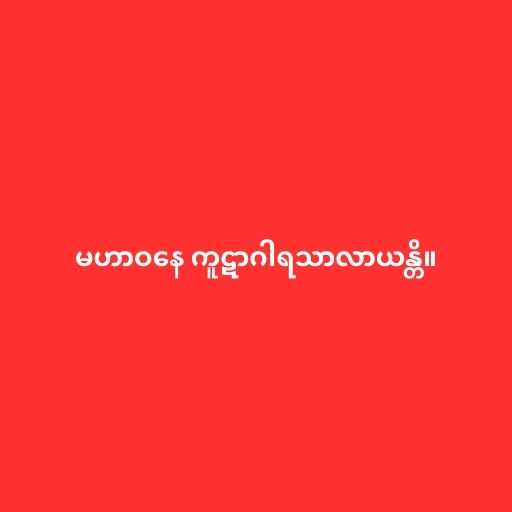
မဟာဝနေ ကူဋာဂါရသာလာယန္တိ။